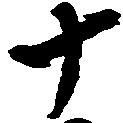
十